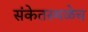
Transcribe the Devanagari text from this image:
संकेतस्थळेच